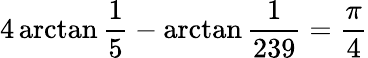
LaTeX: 4\arctan{\frac{1}{5}}-\arctan{\frac{1}{239}}={\frac{\pi}{4}}